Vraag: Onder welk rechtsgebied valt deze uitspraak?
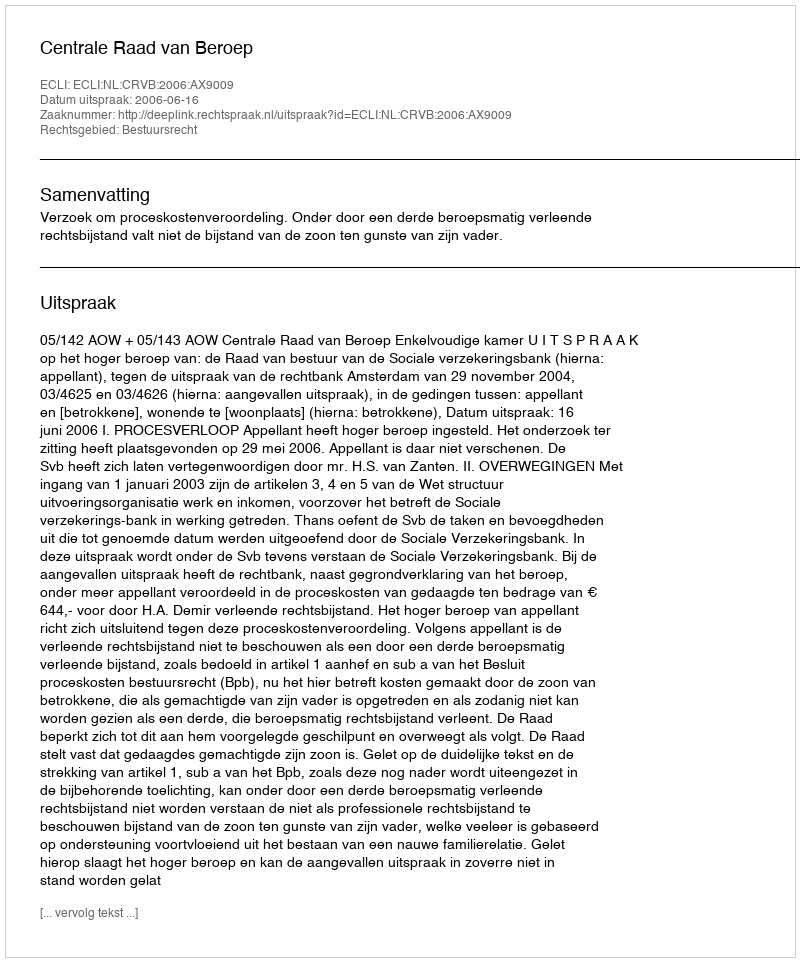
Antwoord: Bestuursrecht